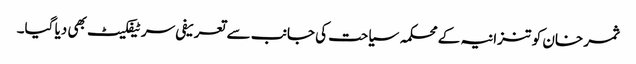
ثمر خان کو تنزانیہ کے محکمہ سیاحت کی جانب سے تعریفی سرٹیفکیٹ بھی دیا گیا۔